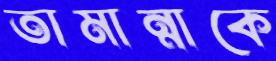
তামান্নাকে